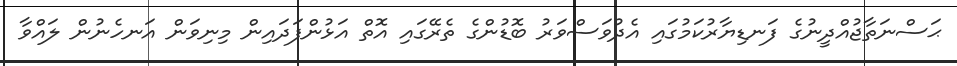
ޙަސްނަތާޖުއްދީނުގެ ފަނޑިޔާރުކަމުގައި އެދުވަސްވަރު ބޮޑުންގެ ތެރޭގައި އޮތް އަޅުންފަދައިން މިނިވަން އަނހެނުން ލައްވާ